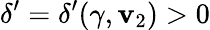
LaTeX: \delta^{\prime}=\delta^{\prime}(\gamma,\mathbf{v}_{2})>0